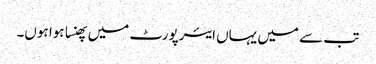
تب سے میں یہاں ایئرپورٹ میں پھنسا ہوا ہوں۔